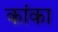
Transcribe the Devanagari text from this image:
कांका